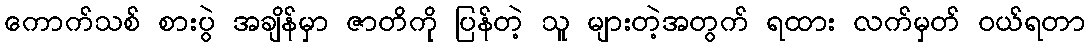
ကောက်သစ် စားပွဲ အချိန်မှာ ဇာတိကို ပြန်တဲ့ သူ များတဲ့အတွက် ရထား လက်မှတ် ဝယ်ရတာ